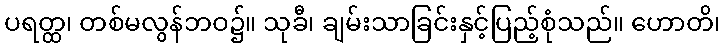
ပရတ္ထ၊ တစ်မလွန်ဘဝ၌။ သုခီ၊ ချမ်းသာခြင်းနှင့်ပြည့်စုံသည်။ ဟောတိ၊